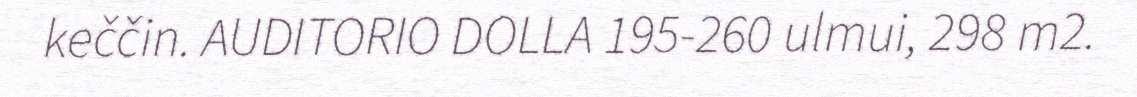
keččin. AUDITORIO DOLLA 195-260 ulmui, 298 m2.